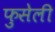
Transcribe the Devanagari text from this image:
फुसेली